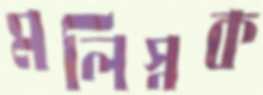
মলিস্নক